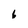
Character: 6